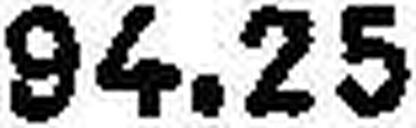
94.25